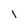
Character: l